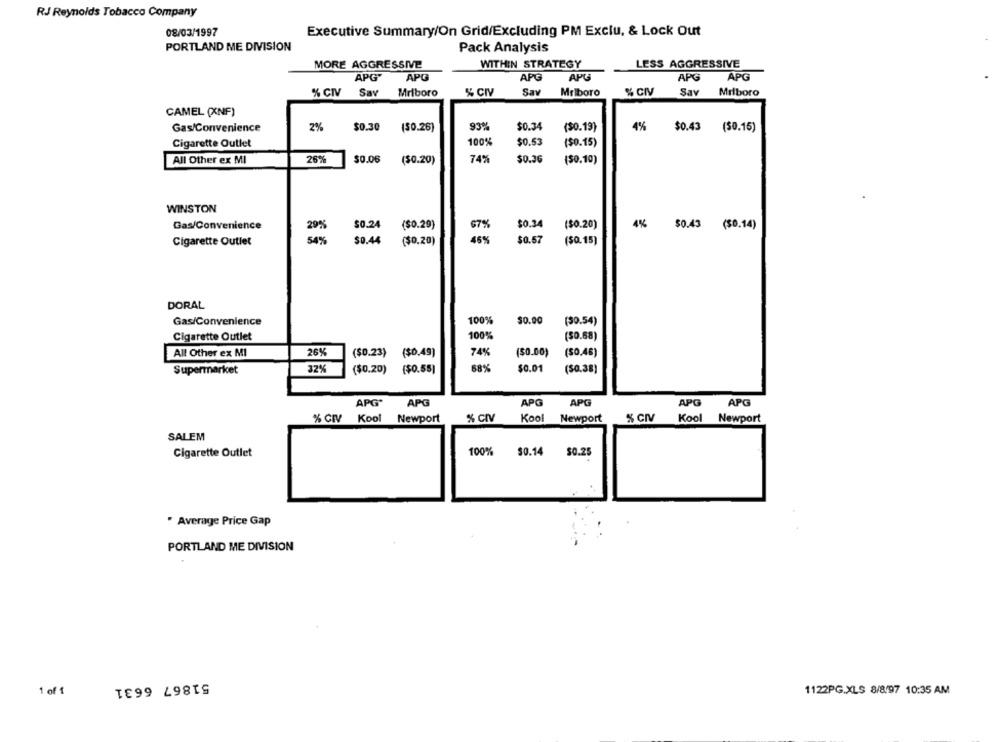
RJ Reynolds Tobacco Company
08/03/1997
Executive Summary/On Grid/Excluding PM Exclu, & Lock Out
PORTLAND ME DIVISION
Pack Analysis
MORE AGGRESSIVE
WITHIN STRATEGY
LESS AGGRESSIVE
APG"
APG
APG
APG
APG
APG
% CIV
Sav
Mriboro
% CIV
Sav
Mrlboro
%CIV
Sav
Milboro
CAMEL (XNF)
93%
$0.34
4%
Gas/Convenience
2%
$0.30
($0.26)
($0.19)
$0.43 (50.15)
100%
$0.53
Cigarette Outlet
($0.15)
All Other ex MI
26%
$0.06
($0.20)
74%
$0.30
(50.10)
WINSTON
$0.34
Gas/Convenience
29%
$0.24
(SO.20)
($0.20)
4%
$0.43 ($0.14)
Cigarette Outlet
$0.44
($0.20)
$0.57
($0.15)
DORAL
100%
$0.00
Gas/Convenience
(30.54)
Cigarette Outlet
100%
($0.68)
All Other ex MI
26%
($0.23) ($0.49)
74%
($0.00)
($0.46)
Supermarket
32%
($0.20)
($0.20) {$0.55)
68%
$0.01
(50.38)
APG'
APG
APG
APG
APG
APG
% GIV
Kool
Newport
% CIV
Kool
Newport
% CIV
Kool
Newport
SALEM
Cigarette Outlet
100%
$0.14 $0.25
* Average Price Gap
PORTLAND ME DIVISION
51867 6631
1 of 1
1122PG.XLS 8/8/97 10:35 AM